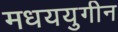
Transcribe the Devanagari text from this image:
मधययुगीन